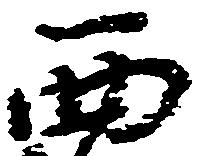
西